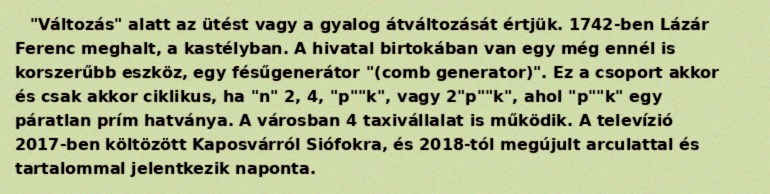
"Változás" alatt az ütést vagy a gyalog átváltozását értjük. 1742-ben Lázár Ferenc meghalt, a kastélyban. A hivatal birtokában van egy még ennél is korszerűbb eszköz, egy fésűgenerátor "(comb generator)". Ez a csoport akkor és csak akkor ciklikus, ha "n" 2, 4, "p""k", vagy 2"p""k", ahol "p""k" egy páratlan prím hatványa. A városban 4 taxivállalat is működik. A televízió 2017-ben költözött Kaposvárról Siófokra, és 2018-tól megújult arculattal és tartalommal jelentkezik naponta.